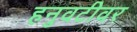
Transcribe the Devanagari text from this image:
हनुवटीवर